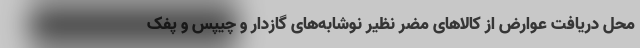
محل دریافت عوارض از کالاهای مضر نظیر نوشابه‌های گازدار و چیپس و پفک